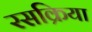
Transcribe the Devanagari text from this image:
रसक्रिया